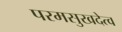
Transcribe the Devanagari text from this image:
परमसुखदेत्व